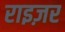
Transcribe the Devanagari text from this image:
राइज़र